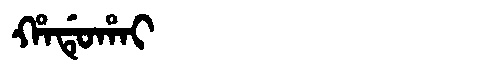
Manchu: ᡥᠠᡩᡠᡥᠠᡳ
Romanization: HADUHAI